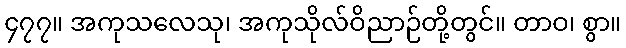
၄၇၇။ အကုသလေသု၊ အကုသိုလ်ဝိညာဉ်တို့တွင်။ တာဝ၊ စွာ။